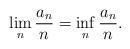
LaTeX: \begin{align*}\lim_{n}\frac{a_{n}}{n}=\inf_{n}\frac{a_{n}}{n}. \end{align*}